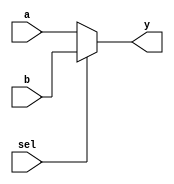
module mux_2x1_5bit (
    input [4:0] a,
    input [4:0] b,
    input sel,
    output [4:0] y
);

    // for sel = 0, output a and for sel = 1, output b
    assign y = sel ? b : a;

endmodule